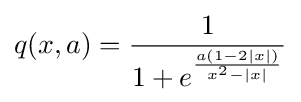
q(x,a)={\frac {1}{1+e^{\frac {a(1-2|x|)}{x^{2}-|x|}}}}